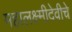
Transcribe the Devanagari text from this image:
महालक्ष्मीदेवीचे